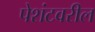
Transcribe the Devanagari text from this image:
पेशंटवरील